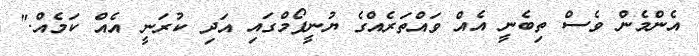
އެންމެން ވެސް ތިބެނީ އެއް ވައްތަރެއްގެ ޔުނީފޯމްގައި އަދި ކުރަނީ އެއް ކަމެއް."